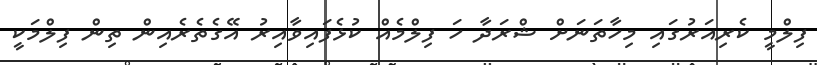
ފިލްމީ ކެރިއަރުގައި މިހާތަނަށް ޝްރަދާ ހަ ފިލްމެއް ކުޅެފައިވާއިރު އޭގެތެރެއިން ތިން ފިލްމަކީ